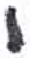
אות: י